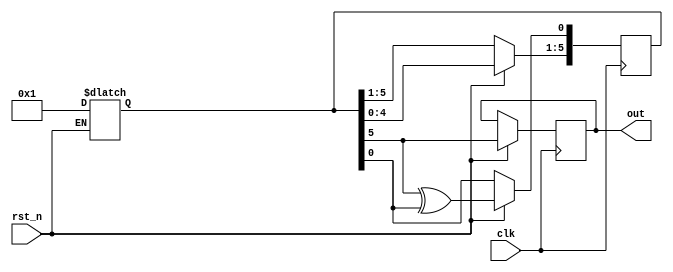
module lab2_3(clk,rst_n,out);
       input clk,rst_n;
       output out;
       
       reg [5:0] F;
       reg out;
       always@(*)begin
            if(rst_n==0)begin
           F=6'b000001;
           end
       end
       
       always@(posedge clk)begin
            if(rst_n!=0)begin
           {out,F[5:1]} <= F[5:0];
           F[0] <= F[5]^F[0];
           end  
       end
endmodule